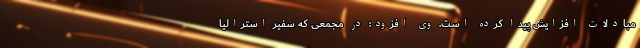
مبادلات افزایش پیدا کرده است. وی افزود: در مجمعی که سفیر استرالیا